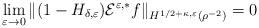
LaTeX: \begin{align*} \lim_{\varepsilon\to 0} \| (1-H_{\delta,\varepsilon})\mathcal{E}^{\varepsilon,*}f\|_{H^{1/2+\kappa,\varepsilon}(\rho^{-2})}=0\end{align*}